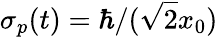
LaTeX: \sigma_{p}(t)=\hbar/({\sqrt{2}}x_{0})